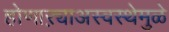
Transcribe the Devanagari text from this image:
होणाऱ्याअस्वस्थेमुळे